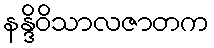
နန္ဒိဝိသာလဇာတက